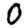
Digit: 0